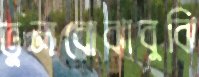
ভুলবোঝাবুঝি